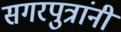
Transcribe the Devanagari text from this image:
सगरपुत्रांनी